Scottish Leaving Certificate Examination, 1960
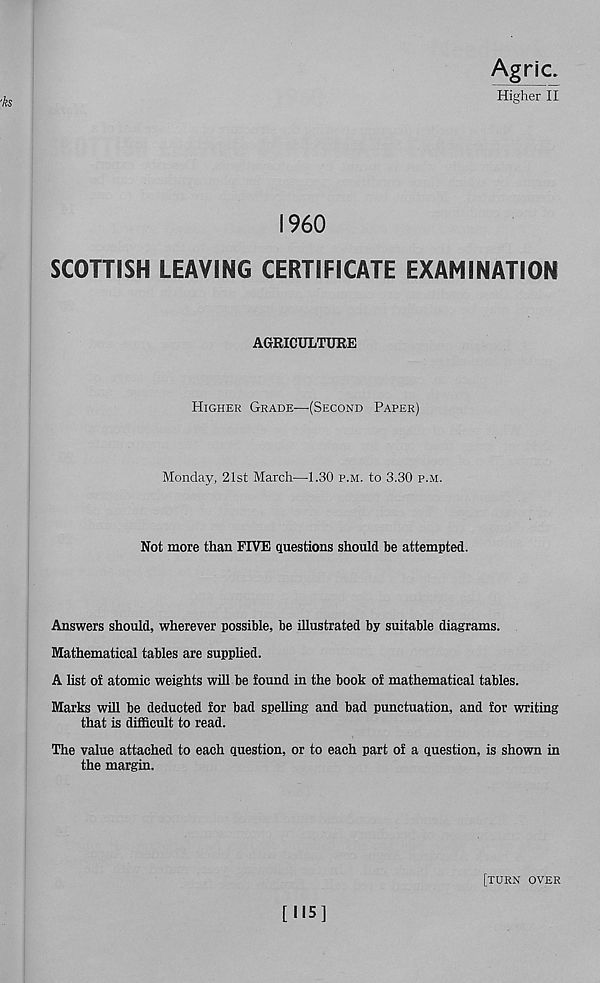
'ks
Agric.
Higher II
I960
SCOTTISH LEAVING CERTIFICATE EXAMINATION
AGRICULTURE
Higher Grade—(Second Paper)
Monday, 21st March—1.30 p.m. to 3.30 p.m.
Not more than FIVE questions should be attempted.
Answers should, wherever possible, be illustrated by suitable diagrams.
Mathematical tables are supplied.
A list of atomic weights will be found in the book of mathematical tables.
Marks will be deducted for bad spelling and bad punctuation, and for writing
that is difficult to read.
The value attached to each question, or to each part of a question, is shown in
the margin.
[turn over
[115]